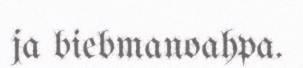
ja biebmanoahpa.